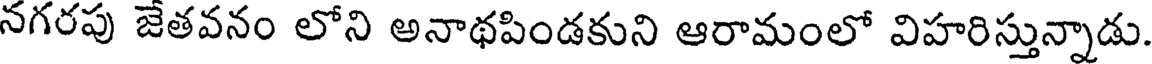
నగరపు జేతవనం లోని అనాథపిండకుని ఆరామంలో విహరిస్తున్నాడు.